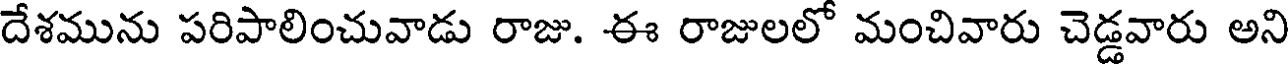
దేశమును పరిపాలించువాడు రాజు. ఈ రాజులలో మంచివారు చెడ్డవారు అని